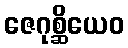
ဇေဂုစ္ဆိယေဝ